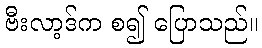
ဗီးလာ့ဒ်က စ၍ ပြောသည်။